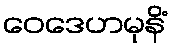
ဝေဒေဟမုနိံ